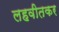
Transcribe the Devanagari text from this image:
लहवीतकर